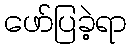
ဖော်ပြခဲ့ရာ